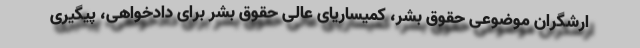
ارشگران موضوعی حقوق بشر، کمیساریای عالی حقوق بشر برای دادخواهی، پیگیری